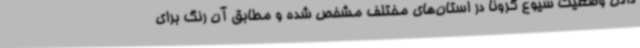
دادن وضعیت شیوع کرونا در استان‌های مختلف مشخص شده و مطابق آن رنگ برای